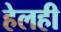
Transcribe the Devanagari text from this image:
हेलही